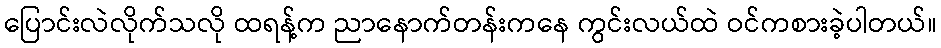
ပြောင်းလဲလိုက်သလို ထရန့်က ညာနောက်တန်းကနေ ကွင်းလယ်ထဲ ဝင်ကစားခဲ့ပါတယ်။